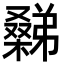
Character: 𣜹